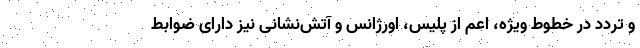
و تردد در خطوط ویژه، اعم از پلیس، اورژانس و آتش‌نشانی نیز دارای ضوابط